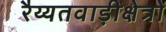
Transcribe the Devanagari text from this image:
रैय्यतवाड़ीक्षेत्रों